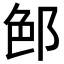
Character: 𨛉